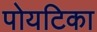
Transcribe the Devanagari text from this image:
पोयटिका